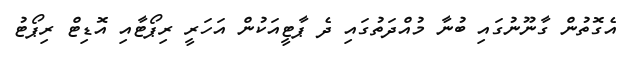
އެގޮތުން ގާނޫނުގައި ބުނާ މުއްދަތުގައި ދެ ޕާޓީއަކުން އަހަރީ ރިޕޯޓާއި އޮޑިޓް ރިޕޯޓު